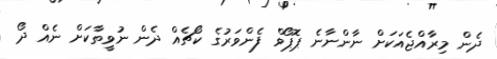
ދެން މިރާއްޖެއަކަށް ނާންނާނެ ޕޮޕޯވް ފެންވަރުގެ ކޯޗެއް ދެން ނުވީތާކަށް ނެއް ދޯ